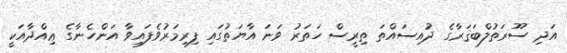
އަދި ސޫރަތުލްބަޤަރާގެ ދުއިސައްތަ ތިރީސް ހަތަރު ވަނަ އާޔަތުގައި ފިރިމަރުވެފައިވާ އަންހެނާގެ ޢިއްދާއަކީ